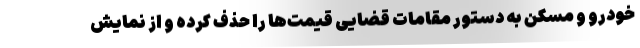
خودرو و مسکن به دستور مقامات قضایی قیمت‌ها را حذف کرده و از نمایش